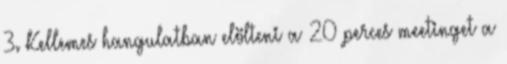
3. Kellemes hangulatban elölteni a 20 perces meetinget a